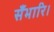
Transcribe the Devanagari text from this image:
सँभारि।